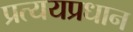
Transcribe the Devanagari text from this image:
प्रत्ययप्रधान